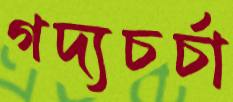
গদ্যচর্চা